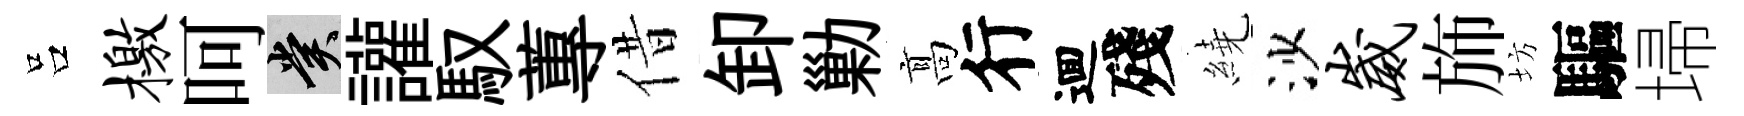
吕檄呵賞讙馭蓴借卸勦髙行逥殘繞沙崴斾坊驅埽